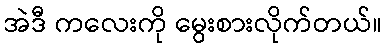
အဲဒီ ကလေးကို မွေးစားလိုက်တယ်။